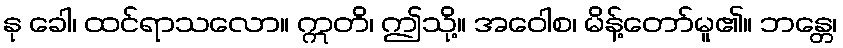
နု ခေါ၊ ထင်ရာသလော။ ဣတိ၊ ဤသို့။ အဝေါစ၊ မိန့်တော်မူ၏။ ဘန္တေ၊